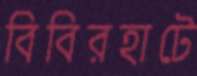
বিবিরহাটে